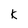
Character: K